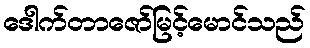
ဒေါက်တာဇော်မြင့်မောင်သည်